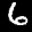
Label: 6